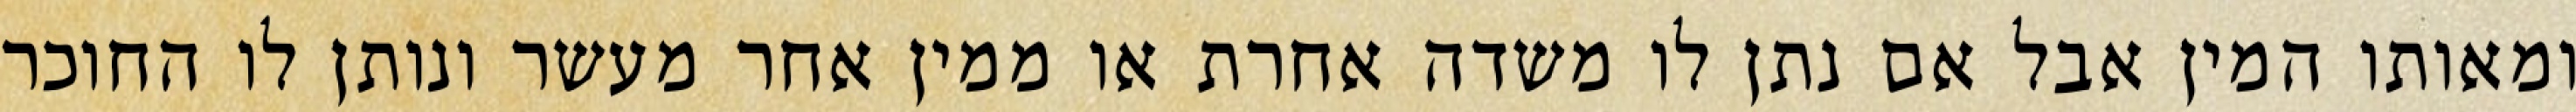
ומאותו המין אבל אם נתן לו משדה אחרת או ממין אחר מעשר ונותן לו החוכר